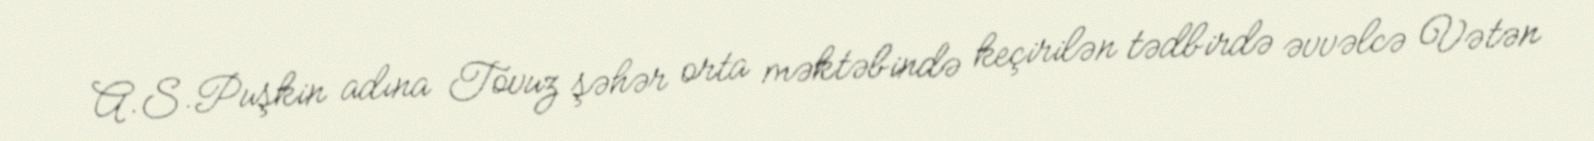
A.S.Puşkin adına Tovuz şəhər orta məktəbində keçirilən tədbirdə əvvəlcə Vətən